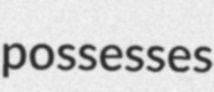
possesses